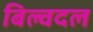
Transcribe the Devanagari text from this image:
बिल्वदल